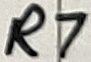
Text: R7